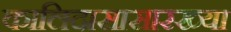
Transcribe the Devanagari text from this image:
कालिदासासारख्या